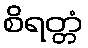
စိရတ္တံ